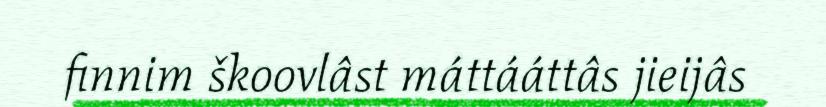
finnim škoovlâst máttááttâs jieijâs